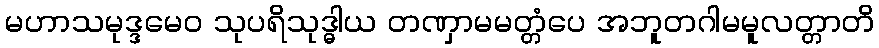
မဟာသမုဒ္ဒမေဝ သုပရိသုဒ္ဓါယ တဏှာမမတ္တံပေ အဘူတဂါမမူလတ္တာတိ